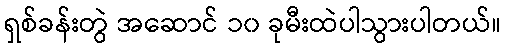
ရှစ်ခန်းတွဲ အဆောင် ၁၀ ခုမီးထဲပါသွားပါတယ်။